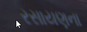
રસાયણના